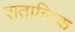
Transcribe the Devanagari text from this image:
शताब्दिक